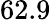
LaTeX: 62.9